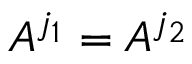
A ^ { j _ { 1 } } = A ^ { j _ { 2 } }